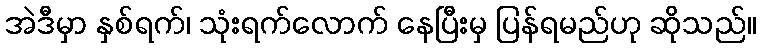
အဲဒီမှာ နှစ်ရက်၊ သုံးရက်လောက် နေပြီးမှ ပြန်ရမည်ဟု ဆိုသည်။